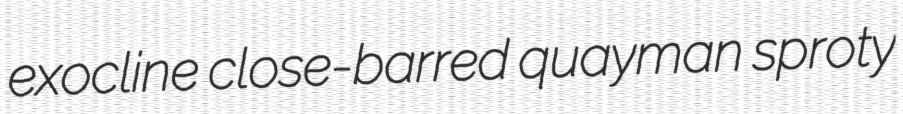
exocline close-barred quayman sproty